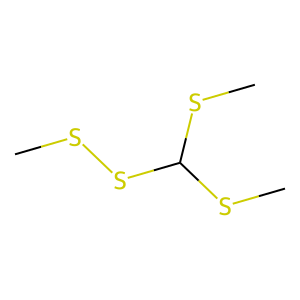
SMILES: CSSC(SC)SC
Inhibits HIV replication: No